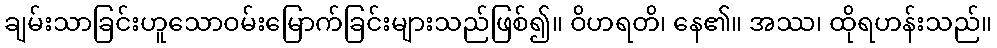
ချမ်းသာခြင်းဟူသောဝမ်းမြောက်ခြင်းများသည်ဖြစ်၍။ ဝိဟရတိ၊ နေ၏။ အဿ၊ ထိုရဟန်းသည်။